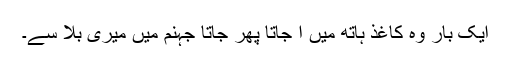
ایک بار وہ کاغذ ہاتھ میں آ جاتا پھر جاتا جہنم میں میری بلا سے۔